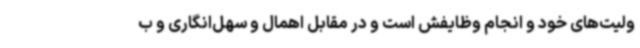
ولیت‌های خود و انجام وظایفش است و در مقابل اهمال و سهل‌انگاری و ب